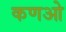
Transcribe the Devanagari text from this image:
कणओ